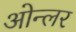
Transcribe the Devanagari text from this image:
ओन्लर